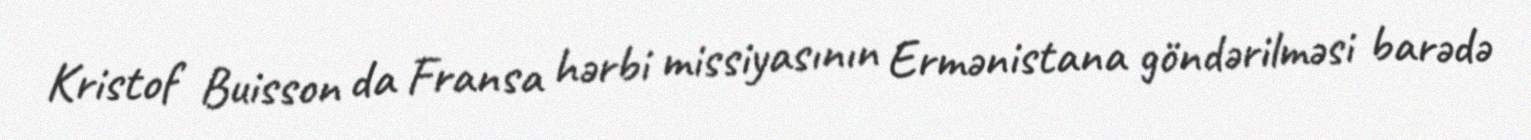
Kristof Buisson da Fransa hərbi missiyasının Ermənistana göndərilməsi barədə